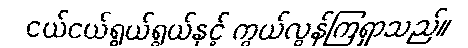
ငယ်ငယ်ရွယ်ရွယ်နှင့် ကွယ်လွန်ကြရှာသည်။